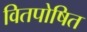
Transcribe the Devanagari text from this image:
वितपोषित